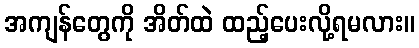
အကျန်တွေကို အိတ်ထဲ ထည့်ပေးလို့ရမလား။